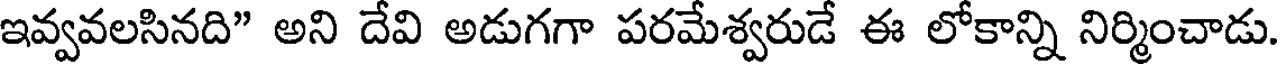
ఇవ్వవలసినది" అని దేవి అడుగగా పరమేశ్వరుడే ఈ లోకాన్ని నిర్మించాడు.